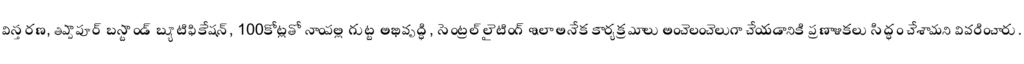
విస్తరణ, తిప్పాపూర్ బస్టాండ్ బ్యూటిఫికేషన్, 100కోట్లతో నాంపల్లి గుట్ట అభివృద్ధి, సెంట్రల్ లైటింగ్ ఇలా అనేక కార్యక్రమాలు అంచెలంచెలుగా చేయడానికి ప్రణాళికలు సిద్ధం చేశామని వివరించారు.